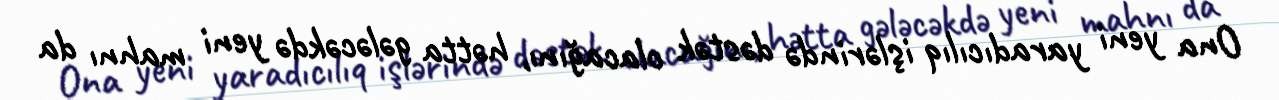
Ona yeni yaradıcılıq işlərində dəstək olacağını, hətta gələcəkdə yeni mahnı da